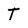
Character: T